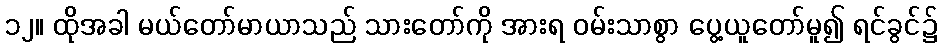
၁၂။ ထိုအခါ မယ်တော်မာယာသည် သားတော်ကို အားရ ဝမ်းသာစွာ ပွေ့ယူတော်မူ၍ ရင်ခွင်၌